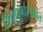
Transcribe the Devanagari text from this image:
शिवदुर्गरचनेत